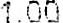
1.00